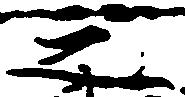
之